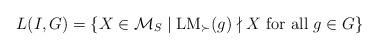
LaTeX: \begin{align*}L (I, G) = \{ X \in \mathcal{M}_S \mid \mathrm{LM}_{\succ} (g) \nmid X \mbox{ for all } g \in G \}\end{align*}